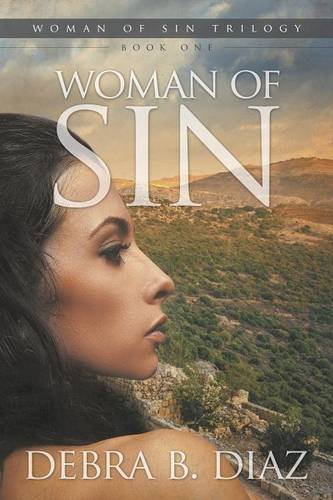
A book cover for Woman of Sin, Book One in the Woman of Sin Trilogy; Debra B. Diaz; Romance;